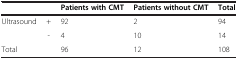
<table><thead><tr><td><b> </b></td><td><b> </b></td><td><b>Patients with CMT</b></td><td><b>Patients without CMT</b></td><td><b>Total</b></td></tr></thead><tbody><tr><td rowspan="2">Ultrasound</td><td>+</td><td>92</td><td>2</td><td>94</td></tr><tr><td>-</td><td>4</td><td>10</td><td>14</td></tr><tr><td>Total</td><td> </td><td>96</td><td>12</td><td>108</td></tr></tbody></table>